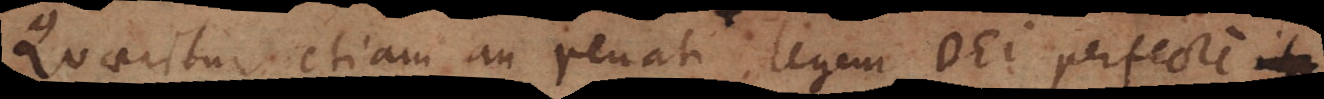
Quaeritur etiam an renati legem Dei perfecte